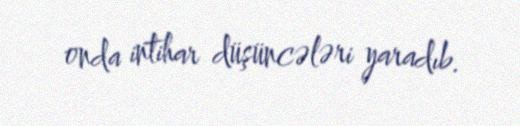
onda intihar düşüncələri yaradıb.